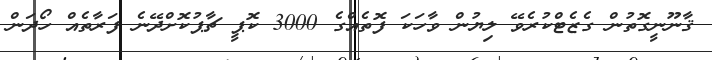
ޤާނޫނީގޮތުން ގެޒެޓްކުރެވޭ ލިޔުން ވާހަކަ ފޮތެއްގެ 3000 ކޮޕީ ޗާޕުކޮށްދޭނެ ފަރާތެއް ހޯދަން